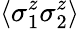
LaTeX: \langle\mathcal{\sigma}_{1}^{z}\sigma_{2}^{z}\rangle